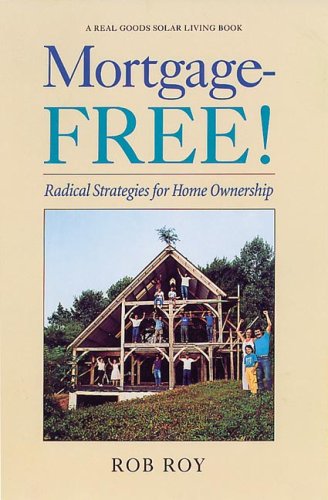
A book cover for Mortgage-Free!: Radical Strategies for Home Ownership (Real Goods Solar Living Books); Rob Roy; Business & Money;